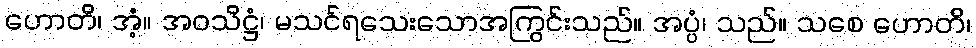
ဟောတိ၊ အံ့။ အဝသိဋ္ဌံ၊ မသင်ရသေးသောအကြွင်းသည်။ အပ္ပံ၊ သည်။ သစေ ဟောတိ၊